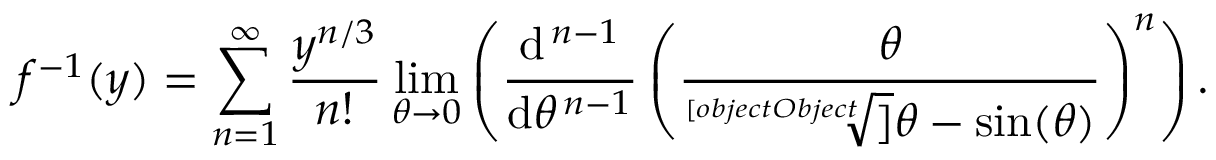
f ^ { - 1 } ( y ) = \sum _ { n = 1 } ^ { \infty } { \frac { y ^ { n / 3 } } { n ! } } \operatorname* { l i m } _ { \theta \to 0 } \left( { \frac { \mathrm { d } ^ { \, n - 1 } } { \mathrm { d } \theta ^ { \, n - 1 } } } \left( { \frac { \theta } { \sqrt [ [object Object] ] { \theta - \sin ( \theta ) } } } \right) ^ { n } \right) .